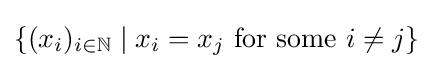
\{(x_{i})_{i\in \mathbb {N} }\mid x_{i}=x_{j}{\text{ for some }}i\neq j\}